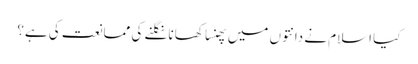
کیا اسلام نے دانتوں میں پھنسا کھانا نگلنے کی ممانعت کی ہے؟